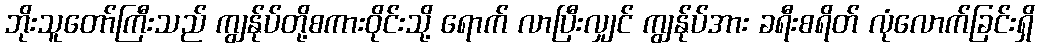
ဘိုးသူတော်ကြီးသည် ကျွန်ုပ်တို့စကားဝိုင်းသို့ ရောက် လာပြီးလျှင် ကျွန်ုပ်အား ခရီးစရိတ် လုံလောက်ခြင်းရှိ